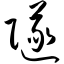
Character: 隧